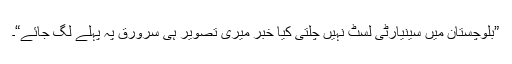
”بلوچستان میں سینیارٹی لسٹ نہیں چلتی کیا خبر میری تصویر ہی سرورق پہ پہلے لگ جائے“۔